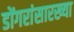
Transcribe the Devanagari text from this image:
डोंगरांसारख्या